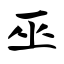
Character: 巫